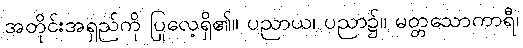
အတိုင်းအရှည်ကို ပြုလေ့ရှိ၏။ ပညာယ၊ ပညာ၌။ မတ္တသောကာရီ၊